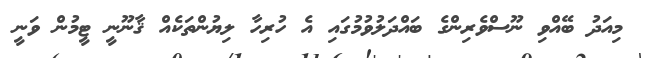
މިއަދު ބޭއްވި ނޫސްވެރިންގެ ބައްދަލުވުމުގައި އެ ހުރިހާ ލިޔުންތަކެއް ޤާނޫނީ ޓީމުން ވަނީ